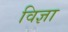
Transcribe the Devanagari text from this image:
विज्ञा